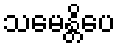
သမေန္တိပေ